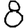
Digit: 8